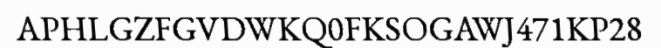
APHLGZFGVDWKQ0FKSOGAWJ471KP28